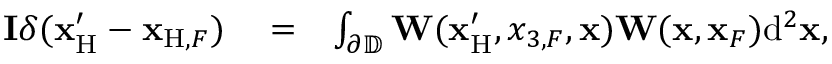
\begin{array} { r l r } { { \bf I } \delta ( { { \bf x } _ { \mathrm { H } } ^ { \prime } } - { { \bf x } _ { \mathrm { H } , F } } ) } & { { } = } & { \int _ { { { \partial \mathbb { D } } } } { \bf W } ( { \bf x } _ { \mathrm { H } } ^ { \prime } , x _ { 3 , F } , { \bf x } ) { \bf W } ( { \bf x } , { \bf x } _ { F } ) \mathrm { d } ^ { 2 } { \bf x } , } \end{array}